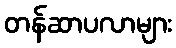
တန်ဆာပလာများ